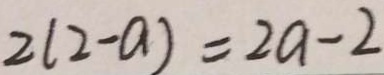
2 ( 2 - a ) = 2 a - 2